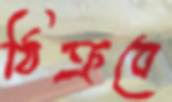
ঠিক্‌রবে